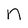
Character: n